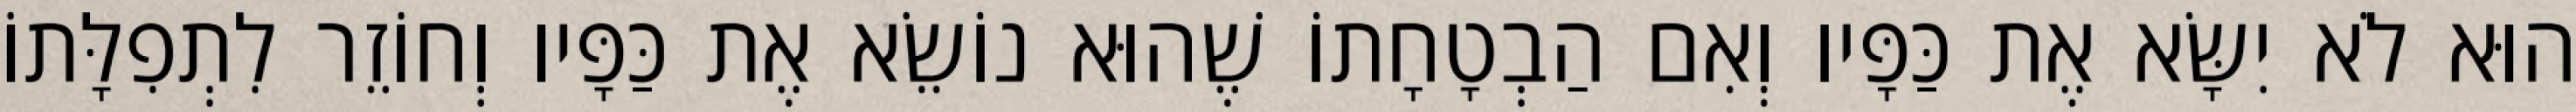
הוּא לֹא יִשָּׂא אֶת כַּפָּיו וְאִם הַבְטָחָתוֹ שֶׁהוּא נוֹשֵׂא אֶת כַּפָּיו וְחוֹזֵר לִתְפִלָּתוֹ